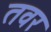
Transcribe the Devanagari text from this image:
तवर